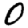
Digit: 0